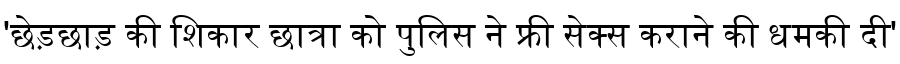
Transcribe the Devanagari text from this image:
'छेड़छाड़ की शिकार छात्रा को पुलिस ने फ्री सेक्स कराने की धमकी दी'